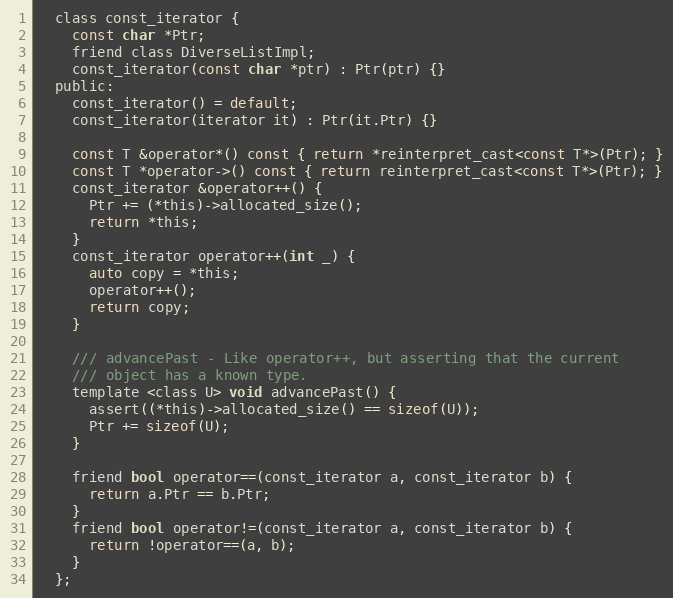
Language: C
  class const_iterator {
    const char *Ptr;
    friend class DiverseListImpl;
    const_iterator(const char *ptr) : Ptr(ptr) {}
  public:
    const_iterator() = default;
    const_iterator(iterator it) : Ptr(it.Ptr) {}

    const T &operator*() const { return *reinterpret_cast<const T*>(Ptr); }
    const T *operator->() const { return reinterpret_cast<const T*>(Ptr); }
    const_iterator &operator++() {
      Ptr += (*this)->allocated_size();
      return *this;
    }
    const_iterator operator++(int _) {
      auto copy = *this;
      operator++();
      return copy;
    }

    /// advancePast - Like operator++, but asserting that the current
    /// object has a known type.
    template <class U> void advancePast() {
      assert((*this)->allocated_size() == sizeof(U));
      Ptr += sizeof(U);
    }

    friend bool operator==(const_iterator a, const_iterator b) {
      return a.Ptr == b.Ptr;
    }
    friend bool operator!=(const_iterator a, const_iterator b) {
      return !operator==(a, b);
    }
  };